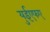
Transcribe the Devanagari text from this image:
युईएफए